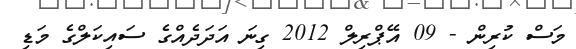
މަސް ކުރިން - 09 އޭޕްރިލް 2012 ގިނަ އަދަދެއްގެ ސައިކަލްގެ މަޑި